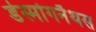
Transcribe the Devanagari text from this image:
डेस्मोगनैथस